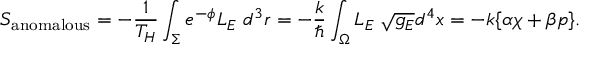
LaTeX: S _ { \mathrm { a n o m a l o u s } } = - { \frac { 1 } { T _ { H } } } \int _ { \Sigma } e ^ { - \phi } { \cal L } _ { E } \; d ^ { 3 } r = - { \frac { k } { \hbar } } \int _ { \Omega } { \cal L } _ { E } \; \sqrt { g _ { E } } d ^ { 4 } x = - k \{ \alpha \chi + \beta p \} .